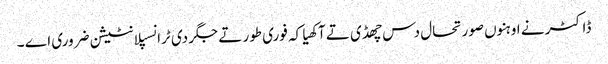
ڈاکٹر نے اوہنوں صورتحال دس چھڈی تے آکھیا کہ فوری طور تے جگر دی ٹرانسپلانٹیشن ضروری اے ۔